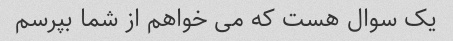
یک سوال هست که می خواهم از شما بپرسم